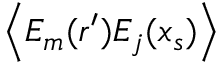
\left\langle { E _ { m } ( \boldsymbol { r } ^ { \prime } ) E _ { j } ( \boldsymbol { x } _ { s } ) } \right\rangle